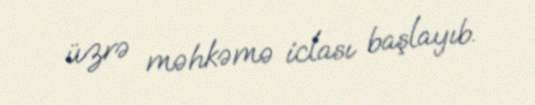
üzrə məhkəmə iclası başlayıb.